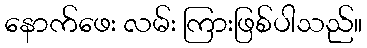
နောက်ဖေး လမ်း ကြားဖြစ်ပါသည်။